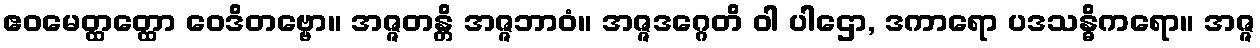
ဧဝမေတ္ထတ္ထော ဝေဒိတဗ္ဗော။ အဇ္ဇတန္တိ အဇ္ဇဘာဝံ။ အဇ္ဇဒဂ္ဂေတိ ဝါ ပါဌော, ဒကာရော ပဒသန္ဓိကရော။ အဇ္ဇ